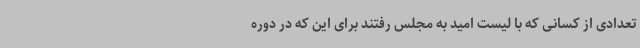
تعدادی از کسانی که با لیست امید به مجلس رفتند برای این که در دوره